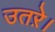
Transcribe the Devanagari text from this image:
उतऱे।